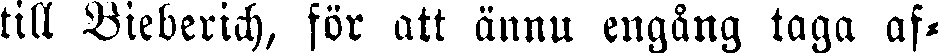
till Bieberich, för att ännu engång taga af-